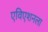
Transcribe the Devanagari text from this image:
एविएशनला